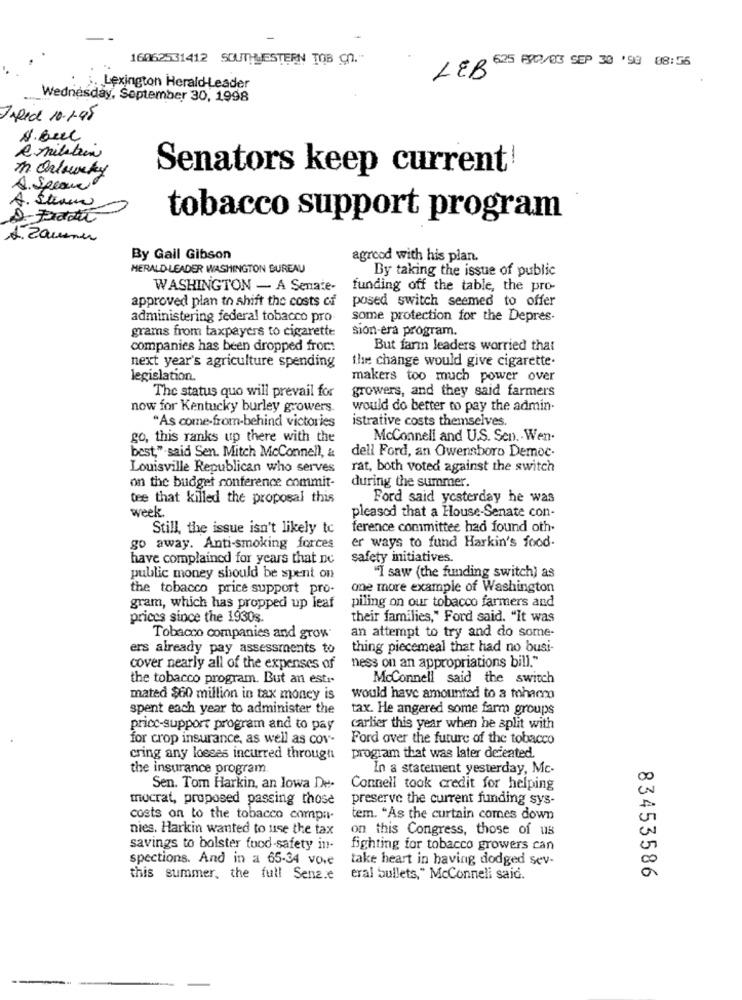
16062531412 SOUTHWESTERN TOB CO .-
LEB 625 RX0/03 SEP 30 '98 08:56
. Lexington Herald-Leader
Wednesday, September 30, 1998
TARed 10-1-95
N. Buc
Senators keep current!
A. Speace
A. Stram
D- Frast
tobacco support program
A. Zauner
By Gail Gibson
agreed with his plan.
HERALD LEADER WASHINGTON BUREAU
By taking the issue of public
WASHINGTON - A Senate-
funding off the table, the pro-
approved plan to shift the costs of
posed switch seemed to offer
administering federal tobacco pro-
some protection for the Depres-
grams from taxpayers to cigarette
sión-era program.
companies has been dropped from:
But farm leaders worried that
next year's agriculture spending
the change would give cigarette.
legislation.
makers too much power over
growers, and they said farmers
The status quo will prevail for
now for Kentucky burley growers.
would do better to pay the admin-
"As come-from-behind victories
istrative costs themselves.
go, this ranks up there with the
McConnell and U.S. Sen .- Wen.
dell Ford, an Owensboro Democ-
best," said Sen. Mitch Mcconnell, &
Louisville Republican who serves
rat, both voted against the switch
on the budget conference commit-
during the summer.
tee that killed the proposal this
Ford said yesterday he was
week.
pleased that a House-Senate con-
Still, the issue isn't likely to
ference committee had found oth-
er ways to fund Harkin's food.
go away. Anti-smoking forces
have complained for years that ne
safety initiatives.
public money should be spent on
"I saw (the funding switch) as
the tobacco price support pro-
one more example of Washington
gram, which has propped up leaf
piling on our tobacco farmers and
prices since the 1930s.
their families," Ford said. "It was
Tobacco companies and grow
an attempt to try and do some-
ers already pay assessments to
thing piecemeal that had no busi-
cover nearly all of the expenses of
ness on an appropriations bill."
the tobacco program. But an est .-
McConnell said the switch
mated $60 million in tax money is
would have amounted to a mohacca
spent each year to administer the
tax. He angered some farm groups
price-support program and to pay
carlier this year when he split with
for crop insurance, as well as cov-
Ford over the future of the tobacco
cring any losses incurred through
program that was later defeated.
the insurance program
In a statement yesterday, Mc-
Sen. Tom Harkin, an lowa De-
Connell took credit for helping
mocrat, proposed passing those
preserve the current funding sys-
costs on to the tobacco compa-
tem. "As the curtain comes down
nies. Harkin wanted to use the tax
on this Congress, those of us
savings to bolster food safety in-
fighting for tobacco growers can
spections. And in a 65-34 vove
take heart in having dodged sev-
this summer, the full Senz.e
eral bullets," McConneli said.
83453586